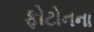
ફોટોનના